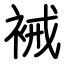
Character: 裓